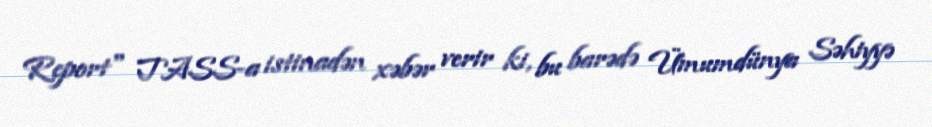
Report" TASS-a istinadən xəbər verir ki, bu barədə Ümumdünya Səhiyyə